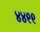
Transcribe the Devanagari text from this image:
४४९९